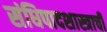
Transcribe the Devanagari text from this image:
संधिपादशास्त्राची